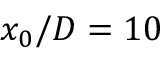
x _ { 0 } / D = 1 0